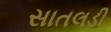
સાતલડી